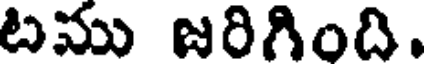
టము జరిగింది.